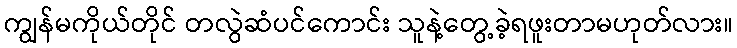
ကျွန်မကိုယ်တိုင် တလွဲဆံပင်ကောင်း သူနဲ့တွေ့ခဲ့ရဖူးတာမဟုတ်လား။